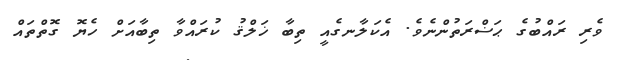
ވެރި ރައްބުގެ ޙަޟްރަތުންނެވެ. އެކަލާނގެއީ ތިބާ ޚަލްޤު ކުރައްވާ ތިބާއަށް ހެޔޮ ގޮތްތައް